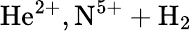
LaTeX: \mathrm{He^{2+},N^{5+}+H_{2}}